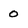
Character: 0